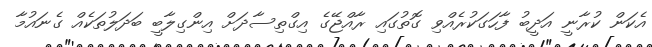
އެކަން ކުރާނީ އަދީބު ފާހަގަކުރެއްވި ގޮތުގައި ރާއްޖޭގެ އިގްތިސާދަށް އިންގިލާބީ ބަދަލުތަކެއް ގެނައުމާ